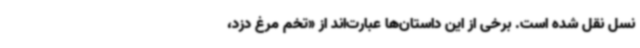
نسل نقل شده است. برخی از این داستان‌ها عبارت‌اند از «تخم مرغ دزد،